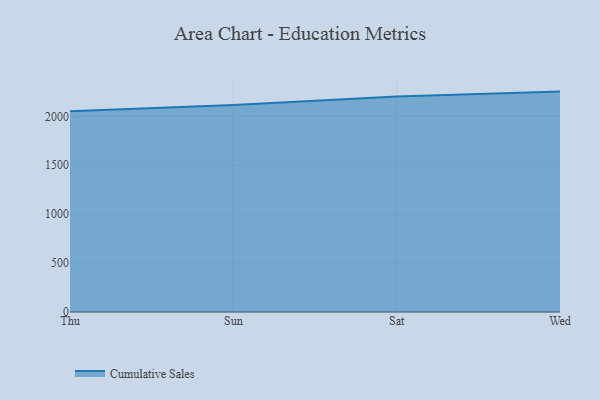
{"axis": {"x": "Day", "y": "Net Income (USD K)"}, "legend": ["Cumulative Sales"], "data": [{"x": "Thu", "y": 2051.1, "type": "Cumulative Sales"}, {"x": "Sun", "y": 2116.8, "type": "Cumulative Sales"}, {"x": "Sat", "y": 2201.7, "type": "Cumulative Sales"}, {"x": "Wed", "y": 2252.8, "type": "Cumulative Sales"}]}